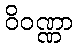
ဝိဝဏ္ဏာ